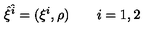
{ \hat { \xi } } ^ { \hat { i } } = ( \xi ^ { i } , \rho ) \qquad i = 1 , 2